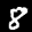
Label: 8